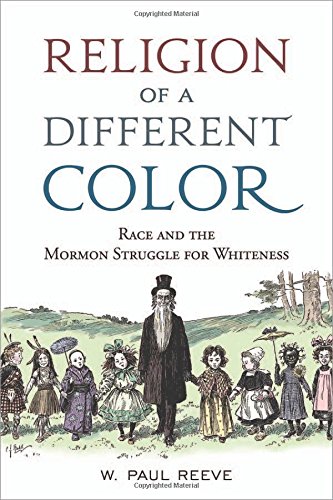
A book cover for Religion of a  Different Color: Race and the Mormon Struggle for Whiteness; W. Paul Reeve; Christian Books & Bibles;